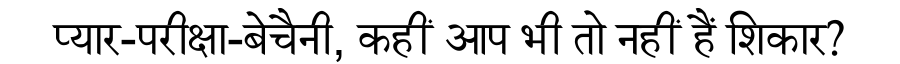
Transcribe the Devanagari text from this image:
प्यार-परीक्षा-बेचैनी, कहीं आप भी तो नहीं हैं शिकार?